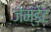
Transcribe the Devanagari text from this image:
जेम्डेट